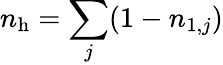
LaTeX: n_{\mathrm{h}}=\sum_{j}(1-n_{1,j})